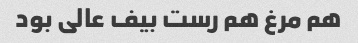
هم مرغ هم رست بیف عالی بود